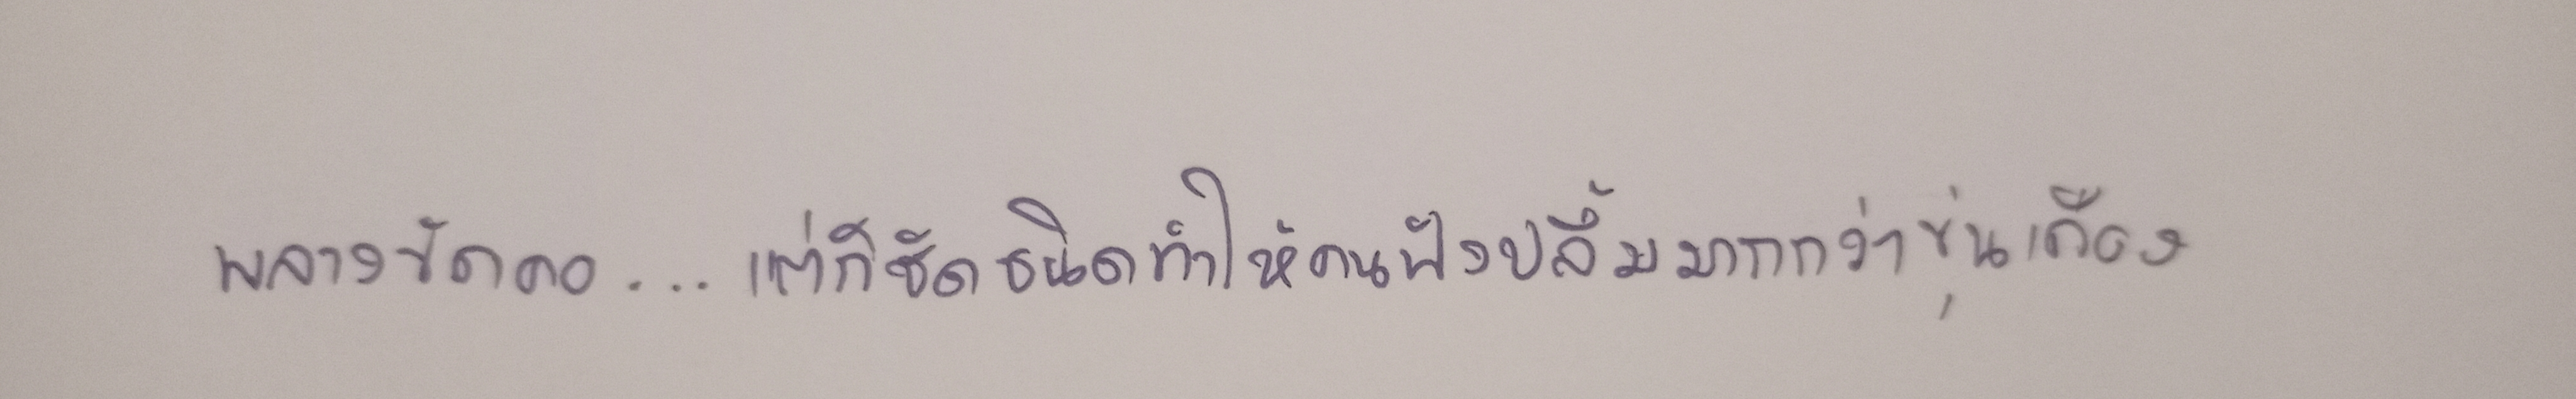
พลางขัดคอ...แต่ก็ชัดชนิดทำให้คนฟังปลื้มมากกว่าขุ่นเคือง